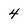
Character: 4